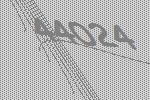
44024